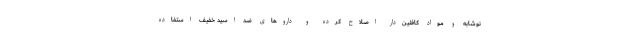
نوشابه و مواد کافئین‌دار اصلاح کرده و داروهای ضد اسید خفیف استفاده